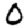
Digit: 0